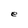
Character: e